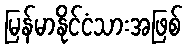
မြန်မာနိုင်ငံသားအဖြစ်